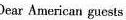
Dear American guests，